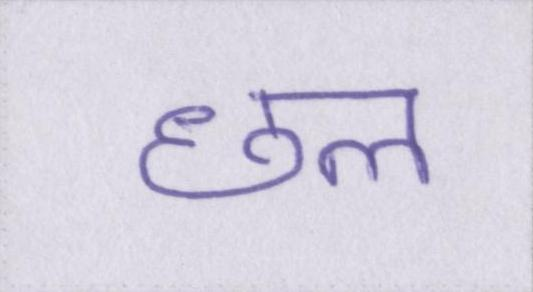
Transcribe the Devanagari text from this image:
छल